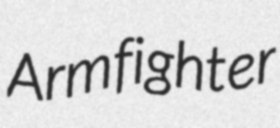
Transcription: Arm fighter